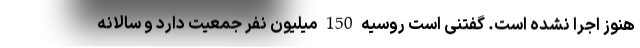
هنوز اجرا نشده است. گفتنی است روسیه 150 میلیون نفر جمعیت دارد و سالانه